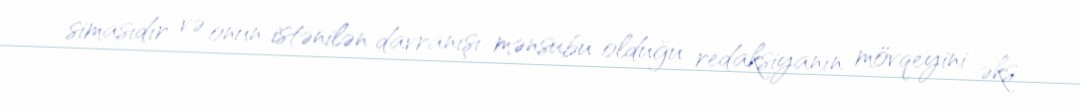
simasıdır və onun istənilən davranışı mənsubu olduğu redaksiyanın mövqeyini əks